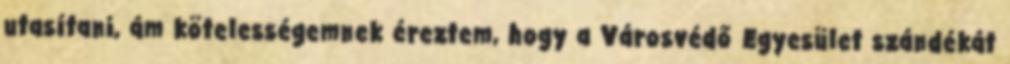
utasítani, ám kötelességemnek éreztem, hogy a Városvédő Egyesület szándékát